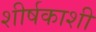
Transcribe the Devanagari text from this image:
शीर्षकाशी